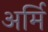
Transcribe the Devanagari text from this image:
अर्मि